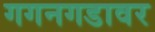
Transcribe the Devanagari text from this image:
गगनगडावर